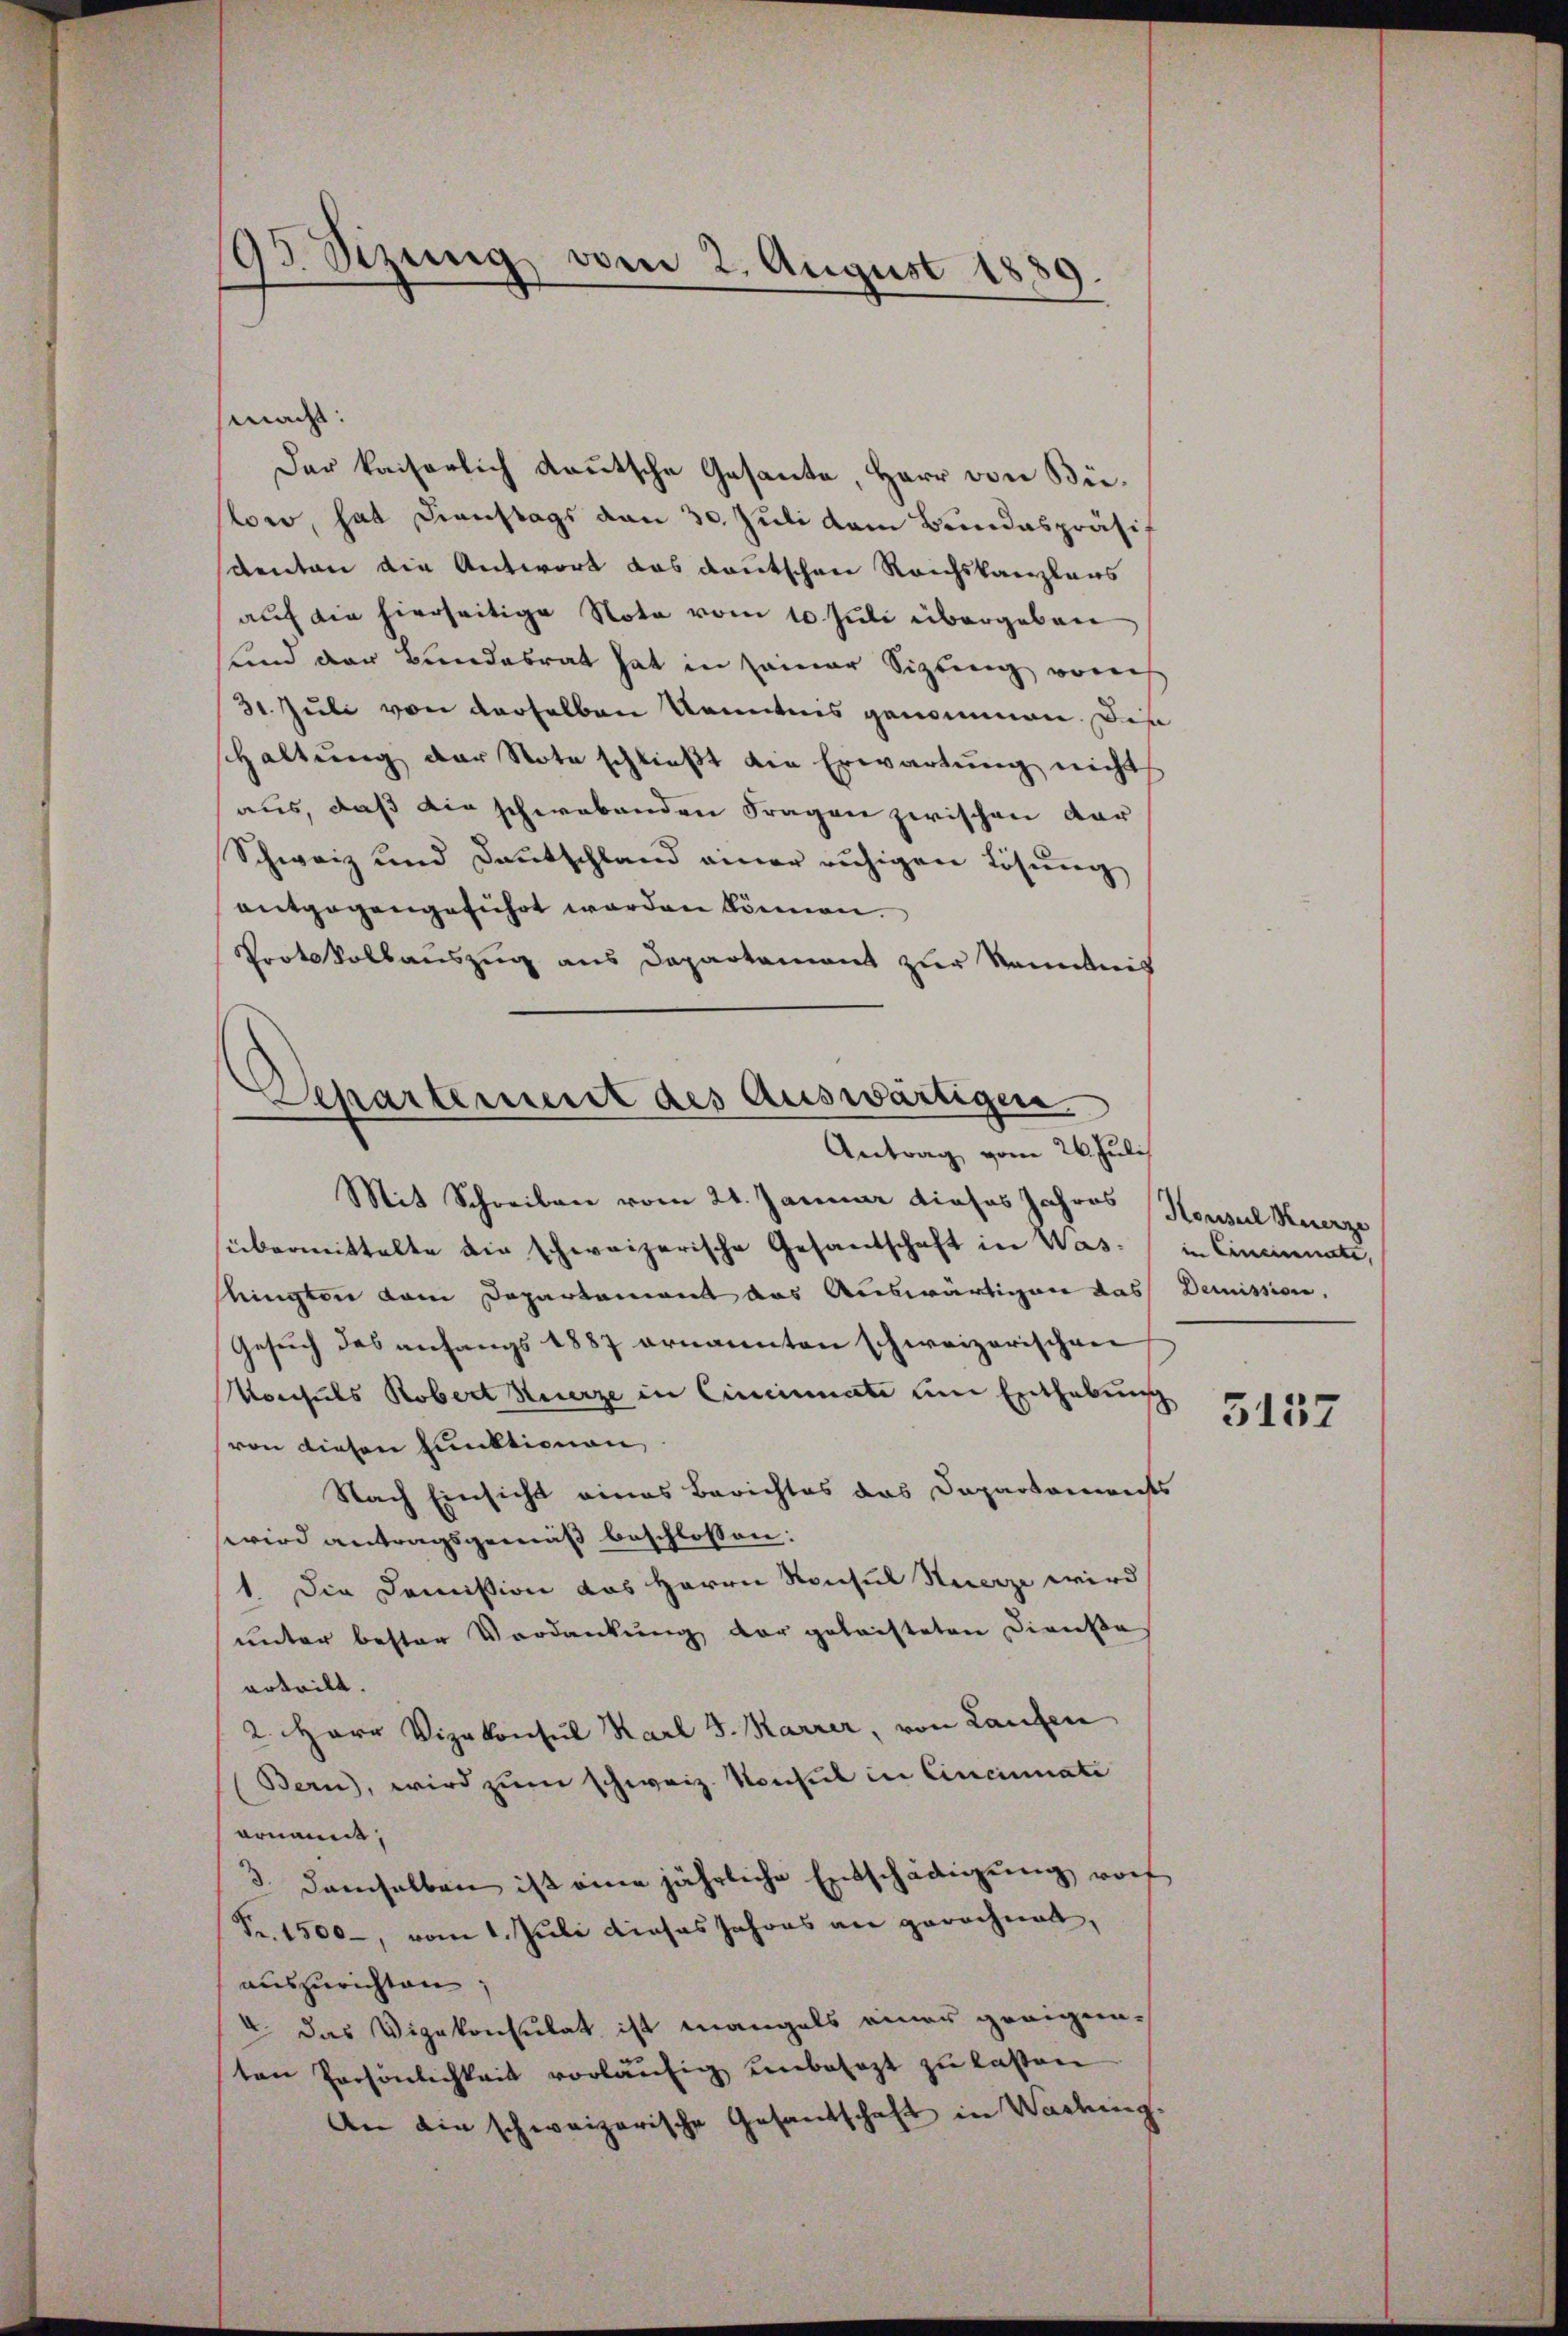
95 Sizung vom 2. August 1889.

mad.
Der kaiserlich deutsche Gesante, Herr von Bülon, hat Dienstags von 30. Juli dem Bundespräsif
denten die Antwort das deutschen Reichskanzlaus
auf die hierseitige Nota vom 10. Juli übergeben
und der Bundesrat hat in seiner Sizling von
31. Juli von derselben Kenntnis genommen. Die
Haltung der Note schließt die Erwartung nicht
aus, daß die schwebenden Fragen zwischen dar
Schweiz und Deutschland einer ruhigen Lösung
entgegengeführt worden können.
Pootskollauszug aus Departement zur Kenntnis
Mit Schreiben vom 21. Januar dieses Jahres Konsul Kuerze
sübermittelte die schweizerische Gesandschaft in Was in Eineinnate,
lingten dem Departement das Auswärtigen das Demission,
Gesuch des anfangs 1887 ernannten schweizerischen
Konsuls Robert hierze in Cincinati um Enthebung
von diesen Funktionen
Nach Einsicht eines Berichtes das Dapartements
wird antragsgemäß beschlossen:
1. Die Domission das Herrn Konsul Sturze wird
unter bester Verdankung der gelachteten Dienste
erteilt.
2. Herr Vizekonsul Karl J. Karrer, von Laufen
Bern, wird zum schweiz. Konsul in Cincinnate
ornannt,
3. demselben ist eine jährliche Entschädigung vorh
Fr. 1500, vom 1. Juli dieses Jahres an gerechnet,
auszurichten;
V. das Vizekonsulat ist mangels einer geeigen-
ten Persönlichkeit vorläufig unbesezt zu lassen
An die schweizerische Gesandschaft in Wading.

Separtement des Auswärtigen
Antrag vom 26. Juli

5157